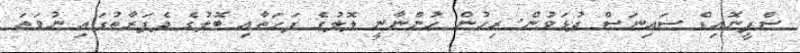
ސްފީނޮއިޑް ސައިނަސް ދުޅަވުން: ރިހުން ހުންނާނީ ލޮލުގެ ފަހަތާއި ބޮލުގެ ދެފަރާތުގައި ނުވަތަ